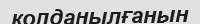
колданылғанын